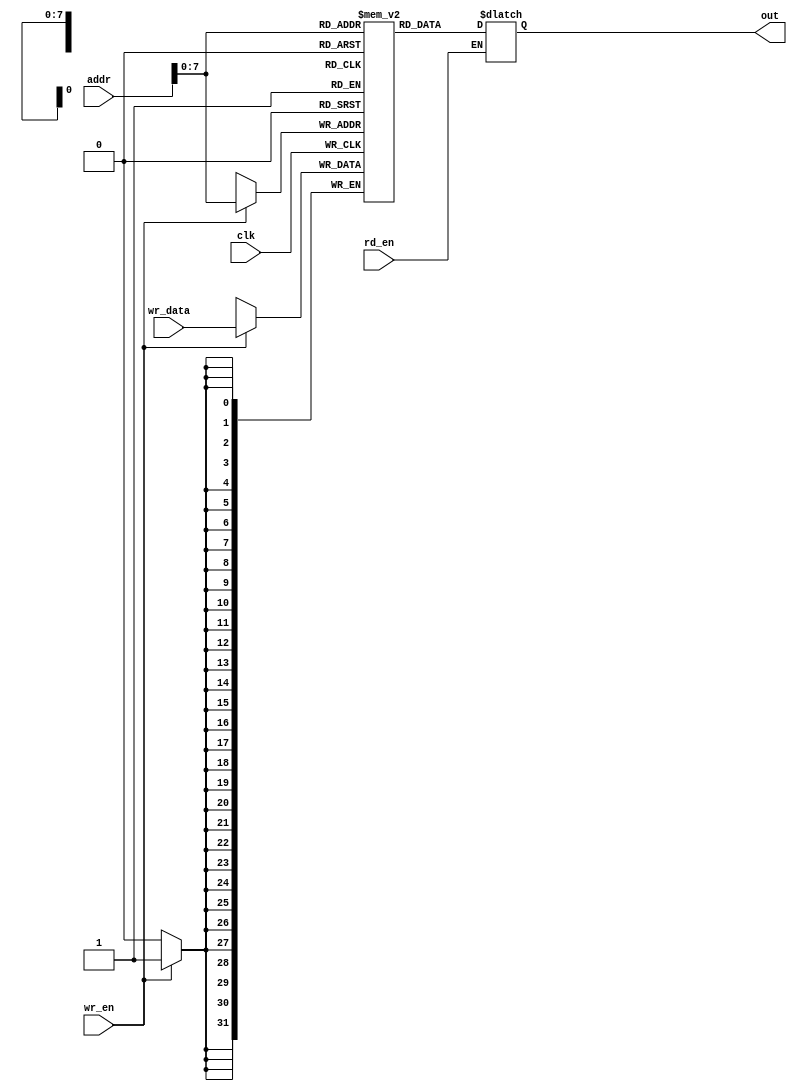
module Data_Memory(
	input clk,
	input [31:0] addr,
	input rd_en,	
	output [31:0] out,	
	input  wr_en,	
	input [31:0] wr_data		
);	

// Write your code here. You can modify all of the codes

  reg [31:0] memory [0:200];
  reg [31:0] temp ;
  
  
	always@(*) begin
	  if (rd_en) 
	   temp <= memory[addr];	   
	end  
  	
  	assign out = temp;
  	
	always @(posedge clk) 
	 begin
	   if(wr_en)
	     memory[addr]<= wr_data;	       	   
  end
endmodule